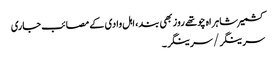
کشمیر شاہراہ چوتھے روز بھی بند، اہل وادی کے مصائب جاری
سرینگر/سرینگر۔